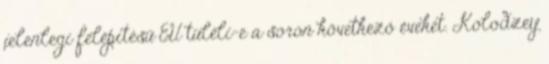
jelenlegi felépítésű EU túléli-e a soron következő éveket. Kolodzey